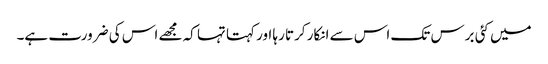
میں کئی برس تک اس سے انکار کرتا رہا اور کہتا تہا کہ مجھے اس کی ضرورت ہے۔